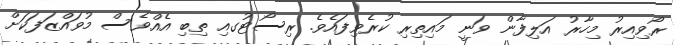
ރޯވިއިރު މިހާރު އަލިފާން ވަނީ މައިތިރި ކުރެވިފައެވެ. ރިސޯޓުގއި ތިިބި އެއްވެސް މުވައްޒަފަކަށް